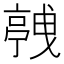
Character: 𬽛